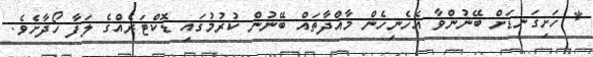
* ހަށިގަނޑަށް ބޭނުންވާ އެހެނިހެން މާއްދާތައް ބޭނުން ކުރުމުގައި ޑޮކްޓަރެއްގެ ލަފާ ހޯދާށެވެ.